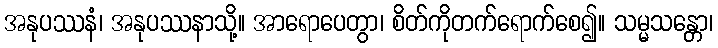
အနုပဿနံ၊ အနုပဿနာသို့။ အာရောပေတွာ၊ စိတ်ကိုတက်ရောက်စေ၍။ သမ္မသန္တော၊